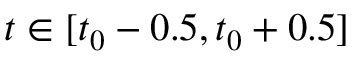
t \in [ t _ { 0 } - 0 . 5 , t _ { 0 } + 0 . 5 ]